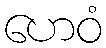
ဟေဝံ